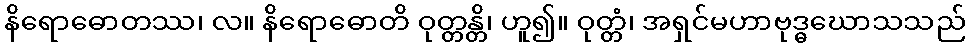
နိရောဓောတဿ၊ လ။ နိရောဓောတိ ဝုတ္တန္တိ၊ ဟူ၍။ ဝုတ္တံ၊ အရှင်မဟာဗုဒ္ဓဃောသသည်